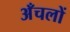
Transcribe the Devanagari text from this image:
अँचलों